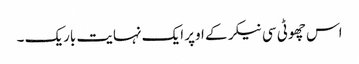
اس چھوٹی سی نیکر کے اوپر ایک نہایت باریک ۔